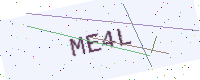
Text: ME4L